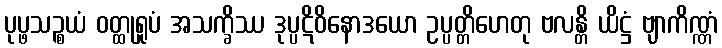
ပုပ္ဖသဉ္စယံ ဝတ္ထုရူပံ အသက္ခိဿ ဒုပ္ပဋိဝိနောဒယော ဥပ္ပတ္တိဟေတု ဗလန္တိ ယိဋ္ဌံ ဗျာကိဏ္ဏံ